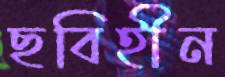
ছবিহীন